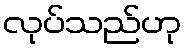
လုပ်သည်ဟု